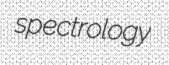
spectrology